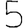
Digit: 5